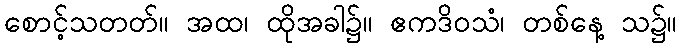
စောင့်သတတ်။ အထ၊ ထိုအခါ၌။ ဧကဒိဝသံ၊ တစ်နေ့ သ၌။